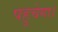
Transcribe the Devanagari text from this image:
पहुचेगा।